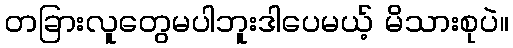
တခြားလူတွေမပါဘူးဒါပေမယ့် မိသားစုပဲ။